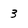
Character: 3